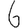
Digit: 6